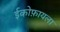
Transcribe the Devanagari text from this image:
ईकोफ़ायला